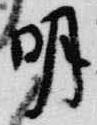
明